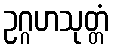
ဥဂ္ဂဟသုတ္တံ